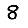
Digit: 8